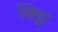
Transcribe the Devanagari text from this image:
सिट्का